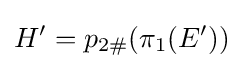
H'=p_{2\#}(\pi _{1}(E'))